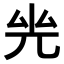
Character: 𠒊